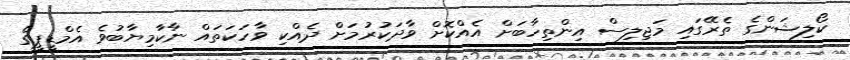
ކޯލިޝަންގެ ތެރޭގައި މަޖިލިސް އިންތިހާބަށް އެއްކޮށް ވާދަކުރުމަށް ދެއްކި ވާހަކަތައް ނާކާމިޔާބުވެ އެމްޑީޕީގެ